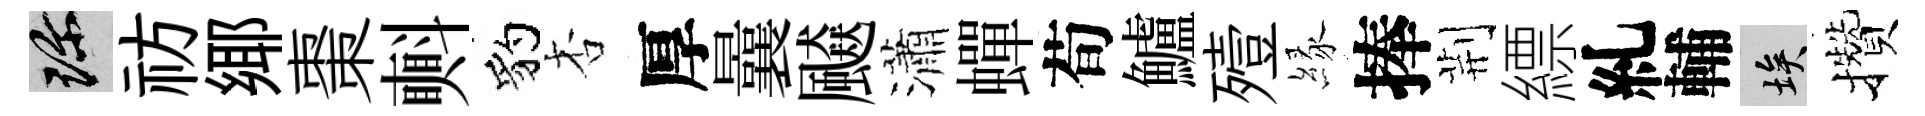
珍祊鄊棗㪺豹杏厚曩飇瀟蟬荀鱸殪縁捧荆縹糺輔埃攢